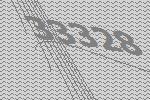
33328